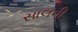
સાલની